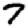
Digit: 7